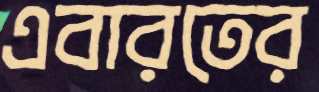
এবারতের